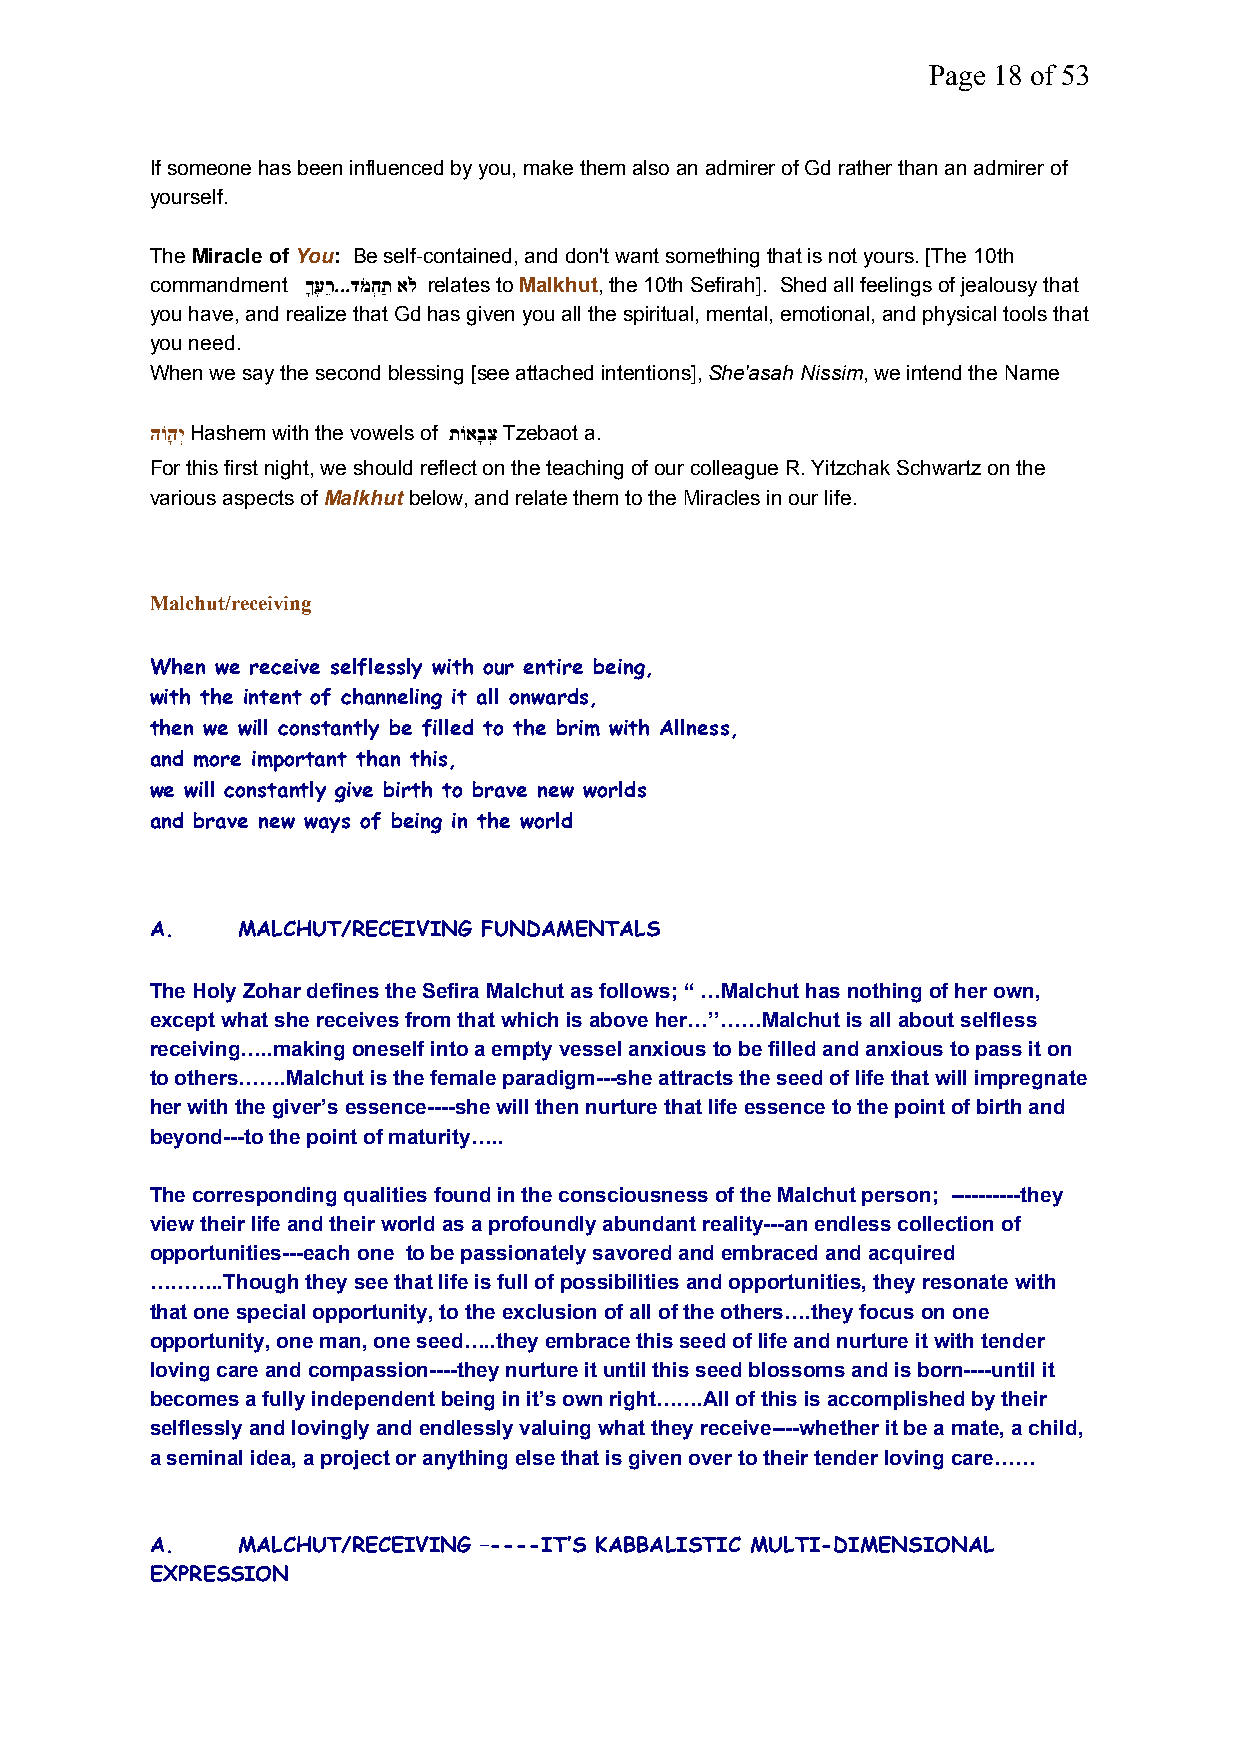
Page 18 of 53
 If someone has been influenced by you, make them also an admirer of Gd rather than an admirer of
 yourself.
 TheMiracle ofYou: Be self-contained, and don't want something that is not yours. [The 10th
 commandment ךָעֶרֵ...דמֹחְתַ אלֹ relates toMalkhut, the 10th Sefirah]. Shed all feelings of jealousy that
 you have, and realize that Gd has given you all the spiritual, mental, emotional, and physical tools that
 you need.
 When we say the second blessing [see attached intentions],She'asah Nissim, we intend the Name
 הוֹהָיְHashem with the vowels of תוֹאבָצְ Tzebaot a.
 For this first night, we should reflect on the teaching of our colleague R. Yitzchak Schwartz on the
 various aspects ofMalkhut below, and relate them to the Miracles in our life.
 Malchut/receiving
 When we receive selflessly with our entire being,
 with the intent of channeling it all onwards,
 then we will constantly be filled to the brim with Allness,
 and more important than this,
 we will constantly give birth to brave new worlds
 and brave new ways of being in the world
 A.    MALCHUT/RECEIVING FUNDAMENTALS
 The Holy Zohar defines the Sefira Malchut as follows; “ …Malchut has nothing of her own,
 except what she receives from that which is above her…’’……Malchut is all about selfless
 receiving…..making oneself into a empty vessel anxious to be filled and anxious to pass it on
 to others…….Malchut is the female paradigm---she attracts the seed of life that will impregnate
 her with the giver’s essence----she will then nurture that life essence to the point of birth and
 beyond---to the point of maturity…..
 The corresponding qualities found in the consciousness of the Malchut person; ----------they
 view their life and their world as a profoundly abundant reality---an endless collection of
 opportunities---each one to be passionately savored and embraced and acquired
 ………..Though they see that life is full of possibilities and opportunities, they resonate with
 that one special opportunity, to the exclusion of all of the others….they focus on one
 opportunity, one man, one seed…..they embrace this seed of life and nurture it with tender
 loving care and compassion----they nurture it until this seed blossoms and is born----until it
 becomes a fully independent being in it’s own right…….All of this is accomplished by their
 selflessly and lovingly and endlessly valuing what they receive----whether it be a mate, a child,
 a seminal idea, a project or anything else that is given over to their tender loving care……
 A.    MALCHUT/RECEIVING –----IT’S KABBALISTIC MULTI-DIMENSIONAL
 EXPRESSION